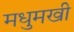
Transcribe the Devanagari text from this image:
मधुमखी